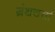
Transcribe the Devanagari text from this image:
ग्रंथचर्चा